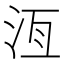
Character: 𬇛